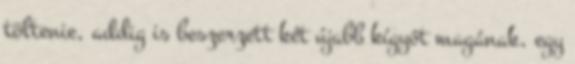
töltenie, addig is beszerzett két újabb kígyót magának, egy